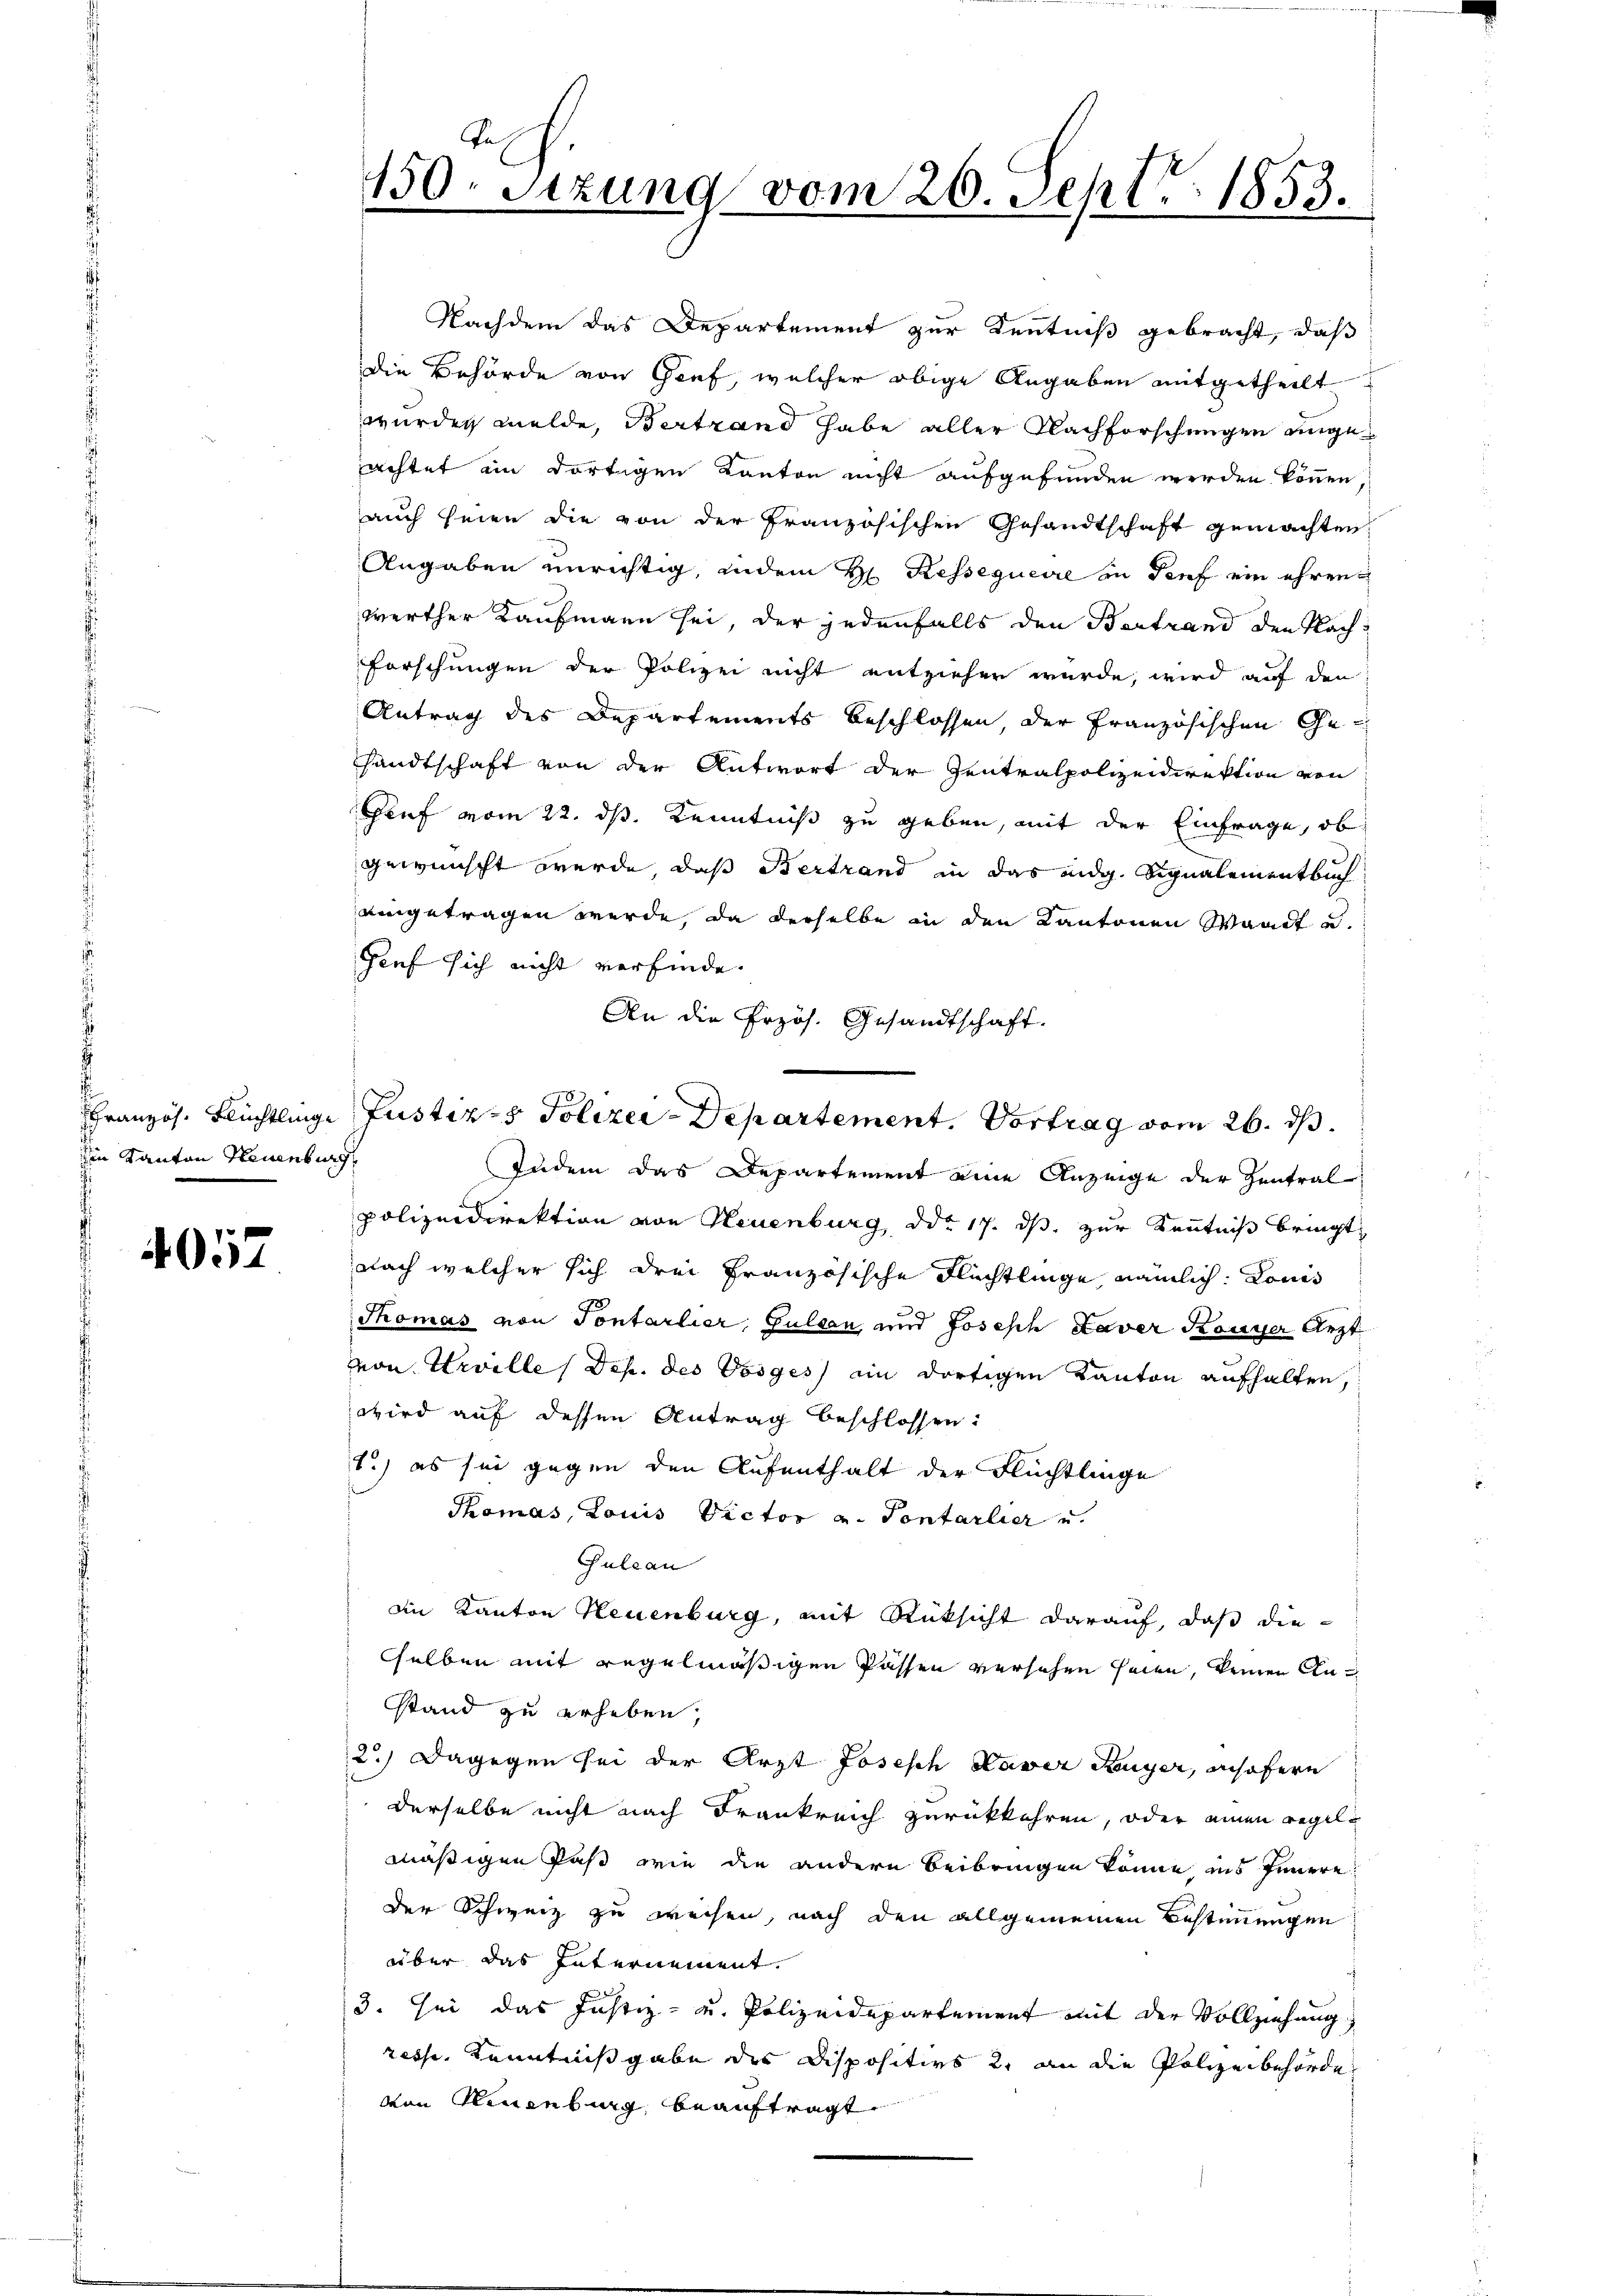
in Kanton Neuenburg
s

4052

Nachdem das Departement zur Kenntniß gebracht, daß
die Behörde von Genf, welcher obige Angaben mitgetheilt
würden melde, Bertrand habe aller Nachforschungen angeachtet ein dortigen Kanton nicht aufgefunden werden können,
auch seien die von der Französischen Gesandtschaft gemachten
Angaben unrichtig, indem H. Ressequerre in Dorf ein ehren
werther Kaufmann sei, der jedenfalls den Bertrand den Nachforschungen der Polizei nicht entziehen würde, wird auf den
Antrag des Departements beschlossen, der Französischen Gesandtschaft von der Antwort der Zentralpolizeidirektion von
ruf vom 22. ds. Kenntniß zu geben, mit der Einfrage, ob
gewünscht werde, daß Bertrand in das eidg. Signalementbuch
aingetragen werde, da derselbe in den Kantonen Waadt
Gief sich nicht verfinde.
An die Przös. Gesandtschaft.
Zudem das Departement eine Anzeige der Zentral
polizeidirektion von Neuenburg ddo 17. ds. zur Kenntniß bringt,
nach welcher sich drei Französische Flüchtlinge nämlich. Louis
Thomas von Sontarlier, Gulden, und Joseph Laver Konser Arzt
von Urville (Dep. des Vorges ein dortigen Kanton aufhalten,
wird auf dessen Antrag beschlossen:
1.) es sei gegen den Aufenthalt der Flüchtlinge
Thomas, Louis Victor v. Sontarlier u.
Sulean
ain Kanton Neuenburg, mit Rüksicht darauf, daß die
sselben mit regelmäßigen Passen versehen seien, keiner Anstand zu erheben;
2.) Dagegen sei der Arzt Joseph Kaver Suyer, insofern
derselbe nicht nach Frankreich zurückkehren, oder einen regelmäßigen Paß wie die andern beibringen könne, ins Innere
der Schweiz zu weisen, nach den allgemeinen Bestimmungen
über das Internement.
3. sei das Justiz- u. Polizeidepartement mit der Vollziehung
resp. Kenntnißgabe die Dispositivs 2. an die Polizeibehörde
vin Neuenburg, beauftragt

150. Sizung vom 20. Sept. 1853.

Französ. Flüchtlinge Justiz- & Polizei-Departement. Vortrag vom 26. ds.